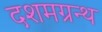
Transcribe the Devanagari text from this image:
दशमग्रन्थ